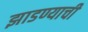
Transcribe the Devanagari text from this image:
झाडण्याची